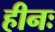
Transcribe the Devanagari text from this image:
हीनः